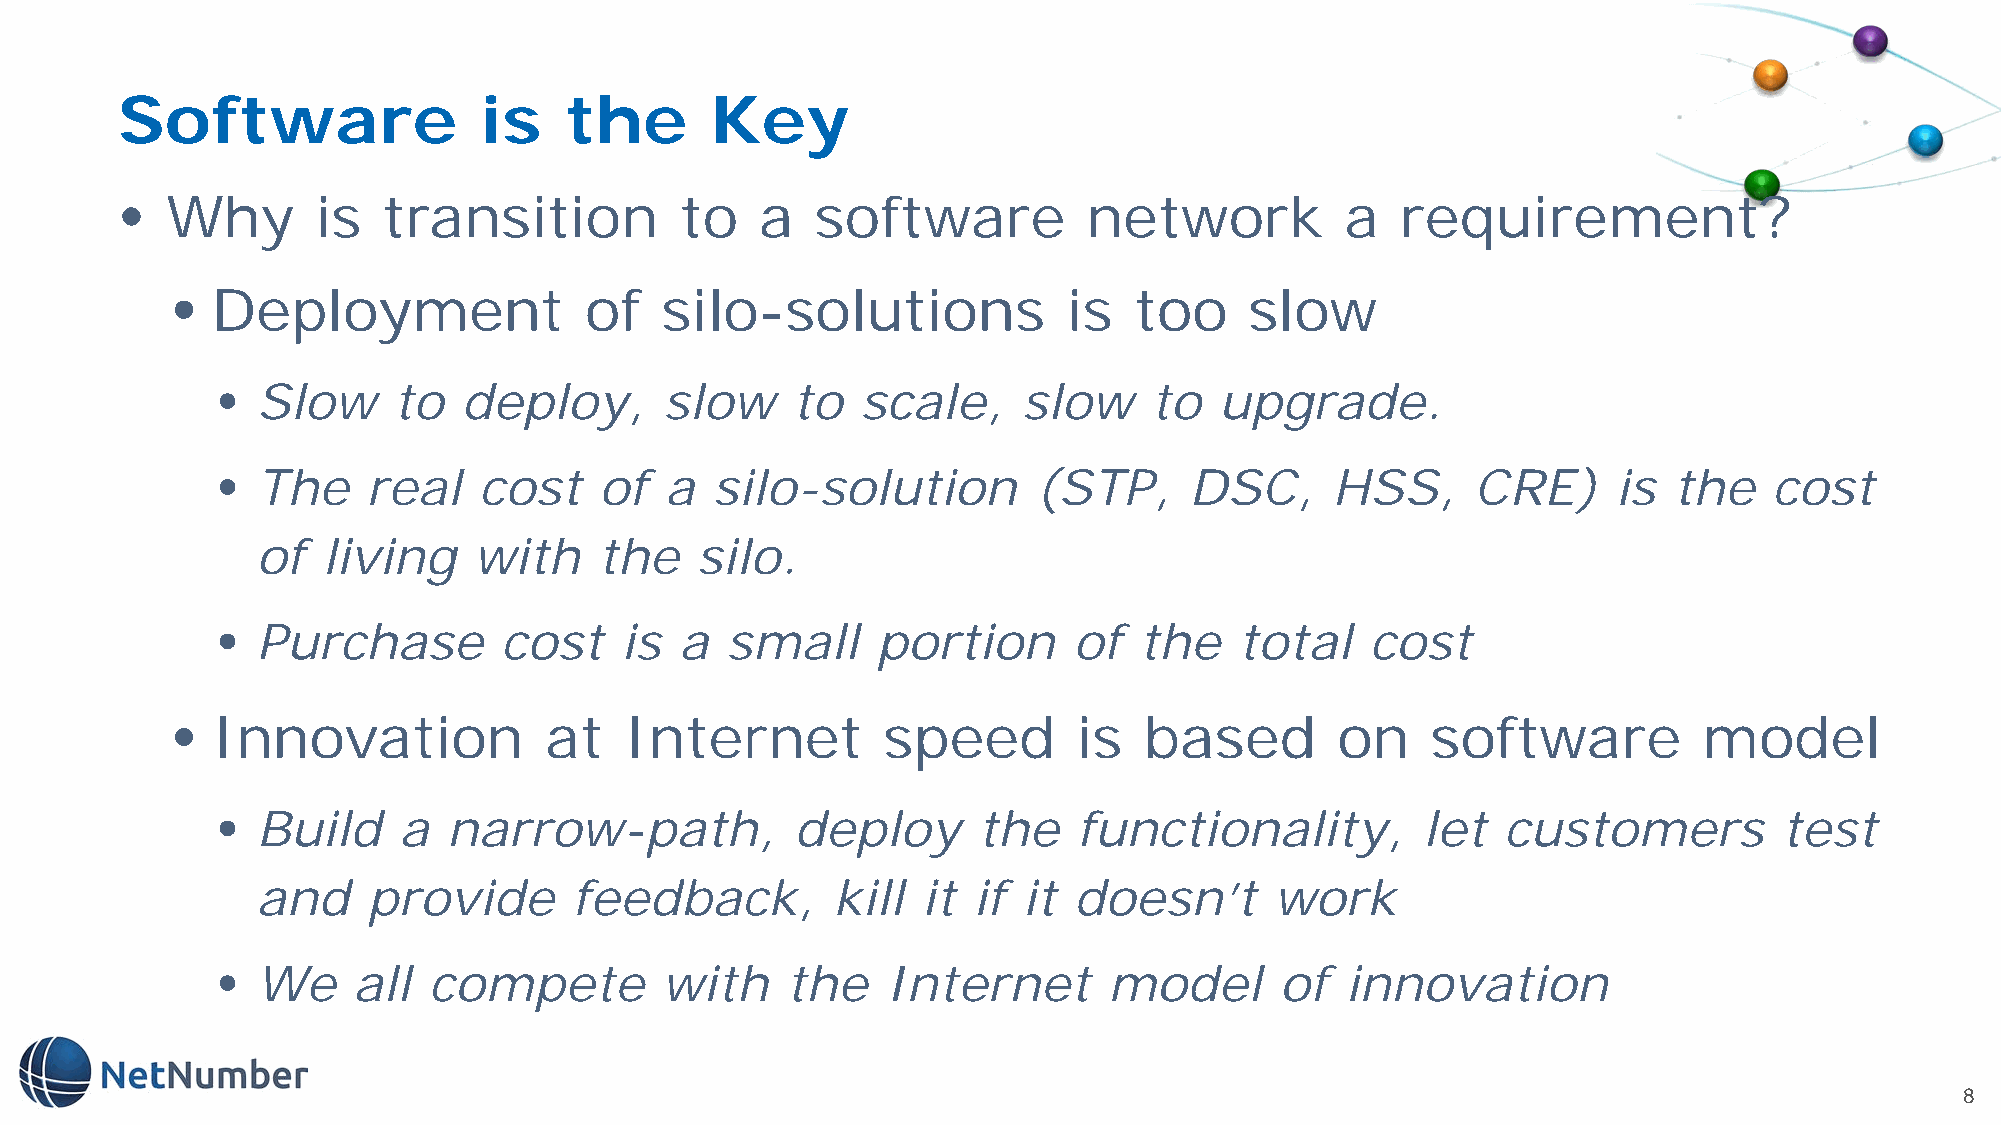
Software                is   the       Key
 •  Why       is  transition          to   a   software          network          a   requirement?
 •  Deployment               of   silo-solutions             is  too     slow
 •  Slow     to   deploy,      slow    to   scale,     slow    to   upgrade.
 •  The    real    cost    of  a  silo-solution         (STP,     DSC,     HSS,      CRE)     is  the   cost
 of  living    with     the   silo.
 •  Purchase        cost    is  a  small     portion      of  the    total    cost
 •  Innovation            at   Internet         speed        is   based       on     software          model
 •  Build    a   narrow-path,           deploy      the   functionality,         let   customers         test
 and    provide       feedback,        kill  it if  it doesn’t      work
 •  We    all  compete         with    the    Internet      model       of  innovation
 8